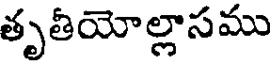
తృతీయోల్లాసము